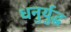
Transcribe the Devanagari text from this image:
धनुर्युद्ध